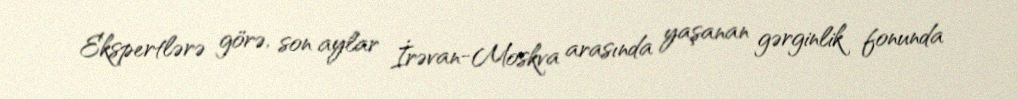
Ekspertlərə görə, son aylar İrəvan-Moskva arasında yaşanan gərginlik fonunda